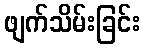
ဖျက်သိမ်းခြင်း